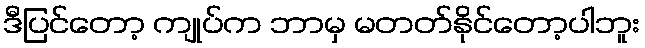
ဒီပြင်တော့ ကျုပ်က ဘာမှ မတတ်နိုင်တော့ပါဘူး